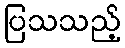
ပြသသည့်